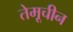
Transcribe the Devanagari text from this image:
तेमूचीन